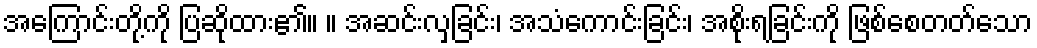
အကြောင်းတို့ကို ပြဆိုထား၏။ ။ အဆင်းလှခြင်း၊ အသံကောင်းခြင်း၊ အစိုးရခြင်းကို ဖြစ်စေတတ်သော